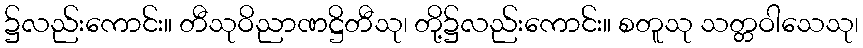
၌လည်းကောင်း။ တီသုဝိညာဏဋ္ဌိတီသု၊ တို့၌လည်းကောင်း။ စတူသု သတ္တဝါသေသု၊